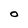
Character: 0